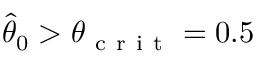
\widehat { \theta } _ { 0 } > \theta _ { \mathrm { ~ c ~ r ~ i ~ t ~ } } = 0 . 5